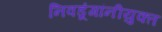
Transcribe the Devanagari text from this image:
निवडूंगांनीयुक्त